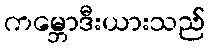
ကမ္ဘောဒီးယားသည်